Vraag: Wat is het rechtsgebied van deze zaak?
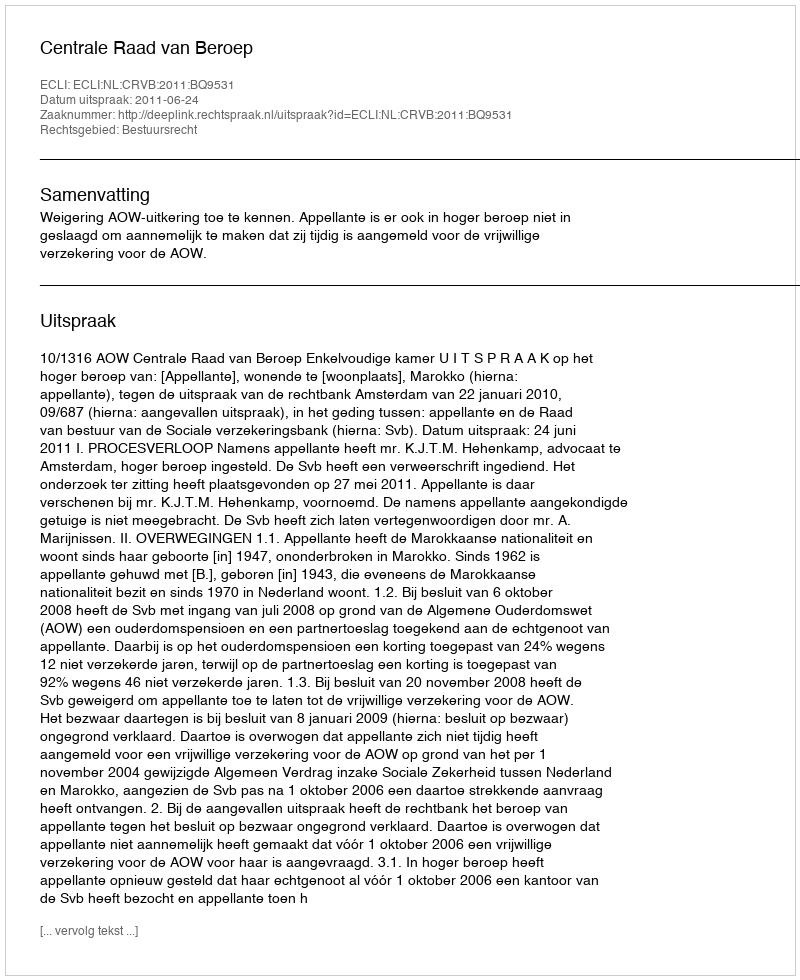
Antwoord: Bestuursrecht